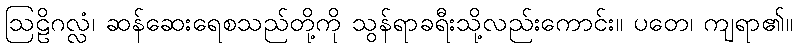
ဩဠိဂလ္လံ၊ ဆန်ဆေးရေစသည်တို့ကို သွန်ရာခရီးသို့လည်းကောင်း။ ပတေ၊ ကျရာ၏။